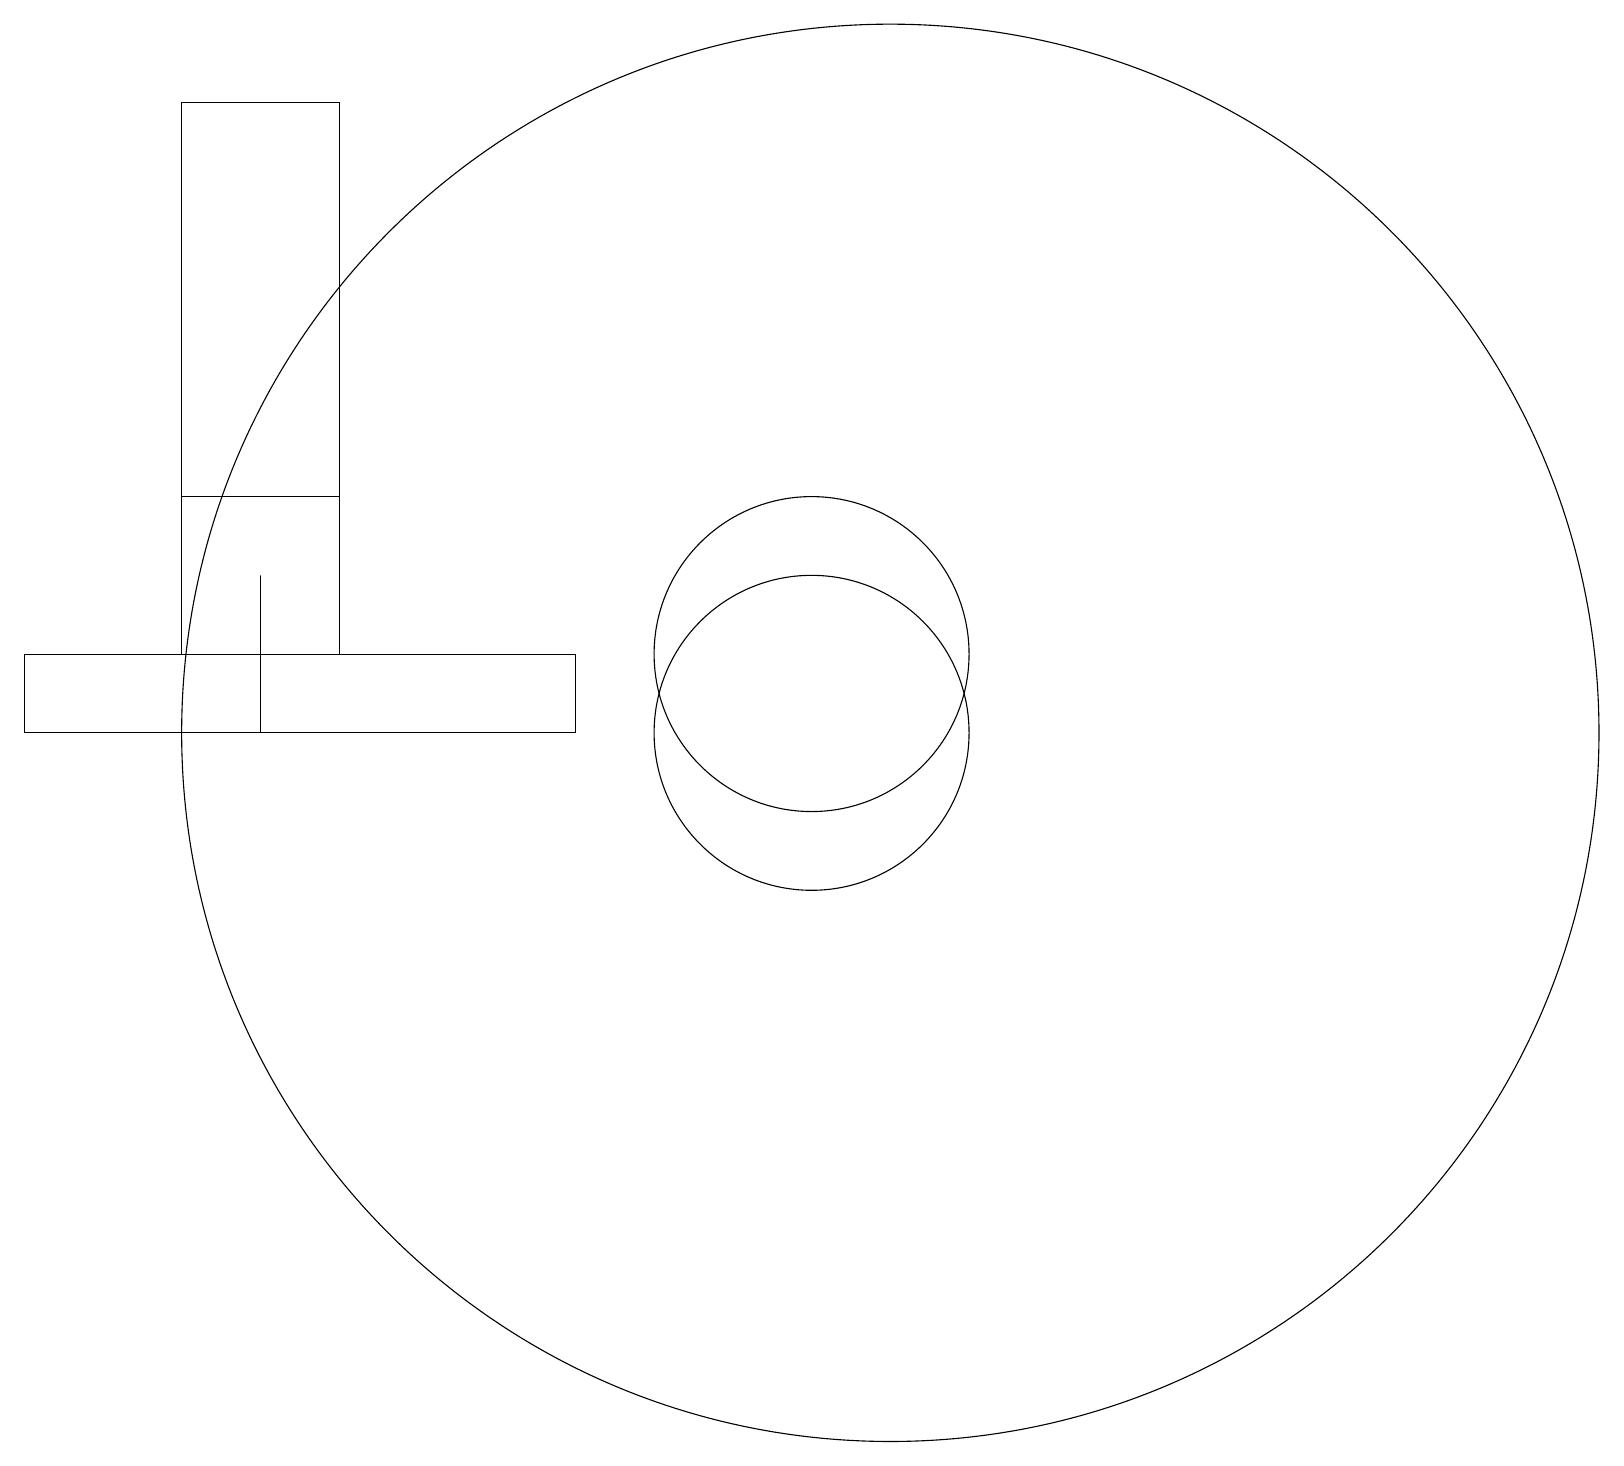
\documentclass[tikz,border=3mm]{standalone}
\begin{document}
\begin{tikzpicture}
\draw (3,13) rectangle (3,11);
\draw (11,11) circle (9);
\draw (0,12) rectangle (7,11);
\draw (4,19) rectangle (2,12);
\draw (10,11) circle (2);
\draw (12,10) circle (0);
\draw (2,12) rectangle (4,14);
\draw (10,12) circle (2);
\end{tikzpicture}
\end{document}